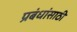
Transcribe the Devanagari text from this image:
प्रबंधांसाठी